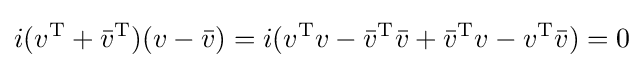
i(v^{\text{T}}+{\bar {v}}^{\text{T}})(v-{\bar {v}})=i(v^{\text{T}}v-{\bar {v}}^{\text{T}}{\bar {v}}+{\bar {v}}^{\text{T}}v-v^{\text{T}}{\bar {v}})=0